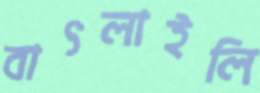
বাৎলাইলি